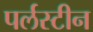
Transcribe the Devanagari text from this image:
पर्लस्टीन